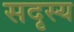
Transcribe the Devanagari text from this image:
सदृस्य